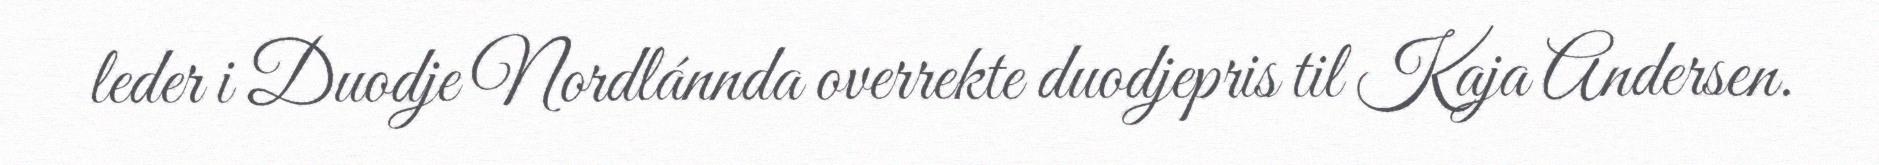
leder i Duodje Nordlánnda overrekte duodjepris til Kaja Andersen.